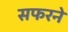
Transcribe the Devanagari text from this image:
सफरने